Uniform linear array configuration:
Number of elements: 4
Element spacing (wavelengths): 1
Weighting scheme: blackman
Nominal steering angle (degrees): -15
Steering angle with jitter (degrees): -16.477
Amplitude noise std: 0.05
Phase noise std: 0.05

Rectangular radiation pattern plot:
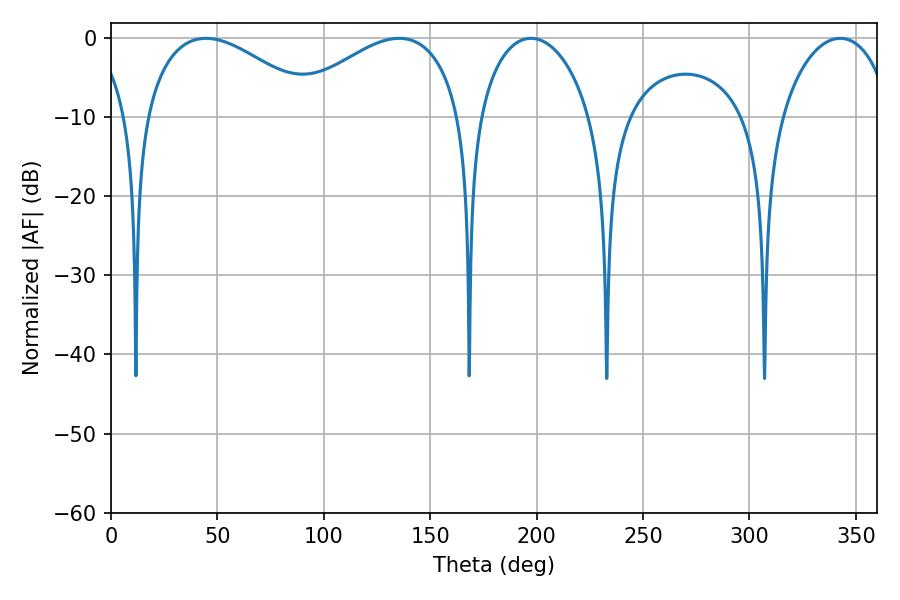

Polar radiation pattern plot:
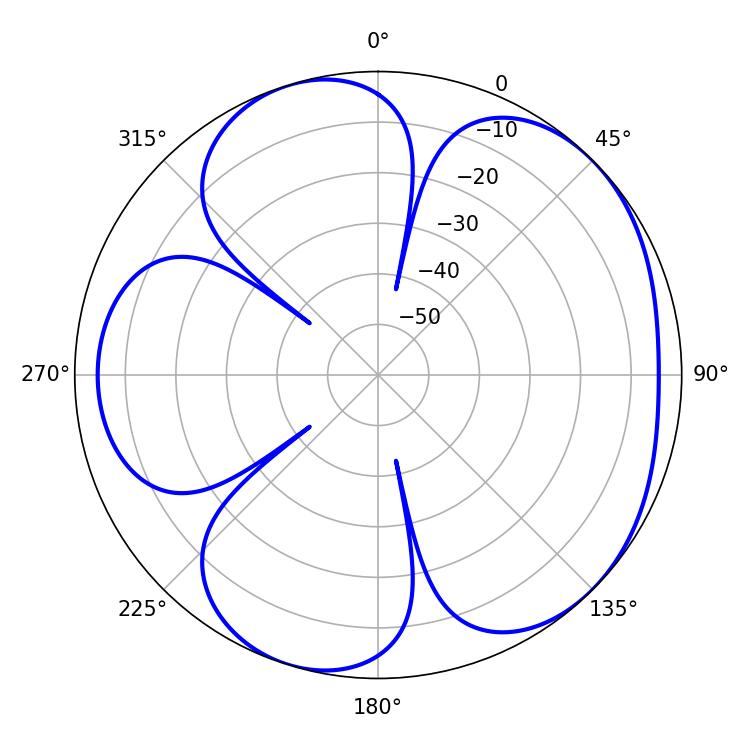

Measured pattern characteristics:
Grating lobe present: TRUE
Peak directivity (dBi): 4.967
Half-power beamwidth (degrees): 45.18
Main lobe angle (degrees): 44.64